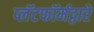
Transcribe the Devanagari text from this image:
प्लॅटफॉर्मद्वारे